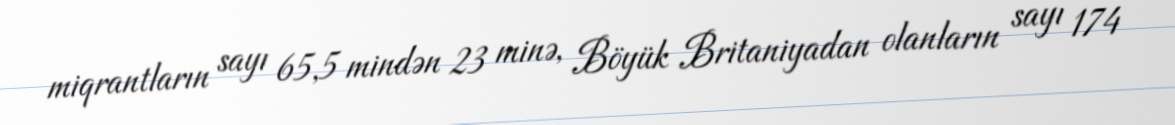
miqrantların sayı 65,5 mindən 23 minə, Böyük Britaniyadan olanların sayı 174